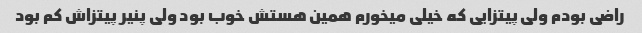
راضی بودم ولی پیتزایی که خیلی میخورم همین هستش خوب بود ولی پنیر پیتزاش کم بود